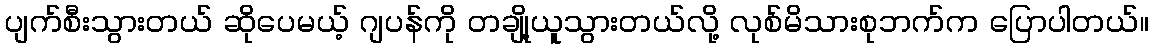
ပျက်စီးသွားတယ် ဆိုပေမယ့် ဂျပန်ကို တချို့ယူသွားတယ်လို့ လုစ်မိသားစုဘက်က ပြောပါတယ်။